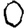
Digit: 0